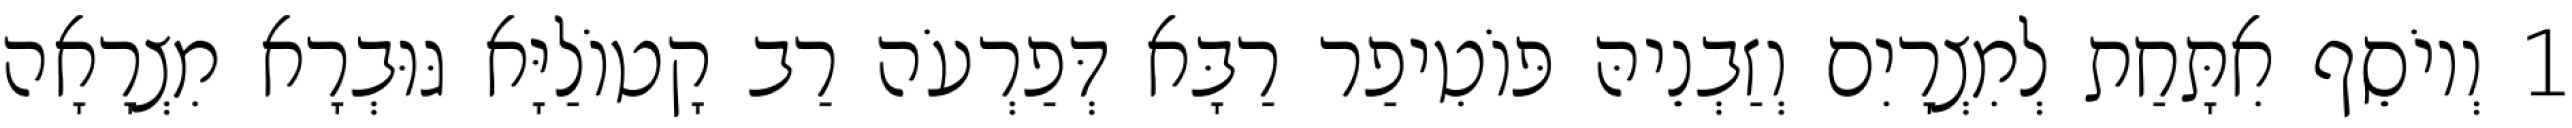
1 וְיוֹסֵף אִתָּחַת לְמִצְרָיִם וְזַבְנֵיהּ פּוֹטִיפַר רַבָּא דְּפַרְעֹה רַב קָטוֹלַיָּא גּוּבְרָא מִצְרָאָה